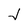
Character: J